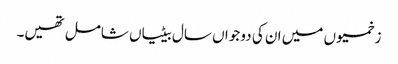
زخمیوں میں ان کی دو جواں سال بیٹیاں شامل تھیں۔